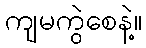
ကျမကွဲစေနဲ့။